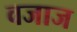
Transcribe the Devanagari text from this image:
वजाज